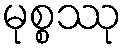
မုစ္စဿု